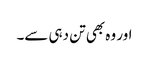
اور وہ بھی تن دہی سے۔